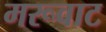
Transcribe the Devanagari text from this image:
मरूवाट